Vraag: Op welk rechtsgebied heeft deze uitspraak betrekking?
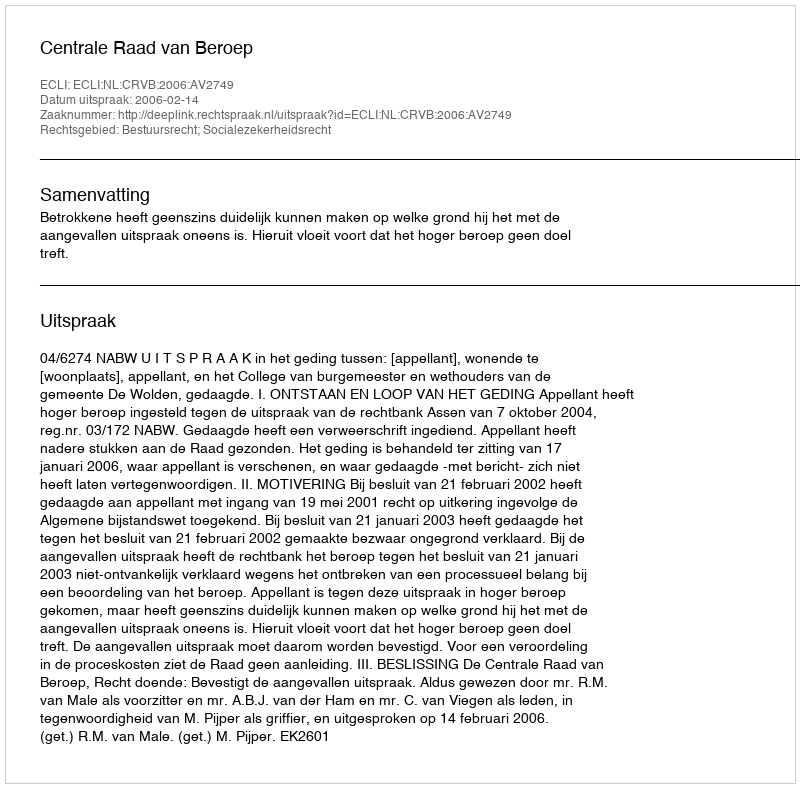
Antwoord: Bestuursrecht; Socialezekerheidsrecht